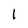
Character: 1